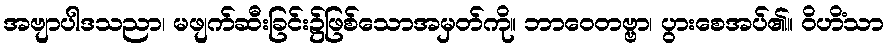
အဗျာပါဒသညာ၊ မဖျက်ဆီးခြင်း၌ဖြစ်သောအမှတ်ကို။ ဘာဝေတဗ္ဗာ၊ ပွားစေအပ်၏။ ဝိဟိံသာ